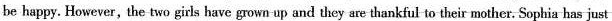
be happy. However, the two girls have grown up and they are thankful to their mother. Sophia has just